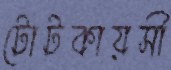
টোটকায়সী